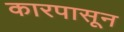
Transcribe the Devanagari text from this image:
कारपासून